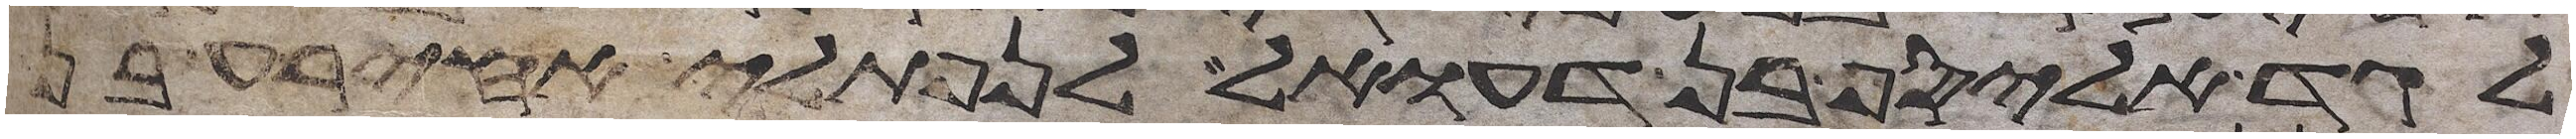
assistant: לגד אליסף בן דעואל לנפתלי אחירע בן